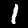
Label: 1